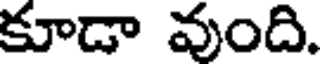
కూడా వుంది.